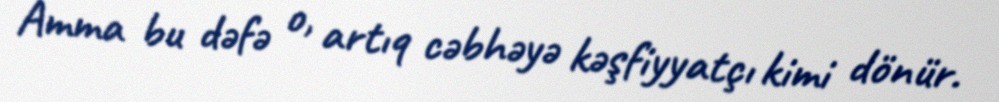
Amma bu dəfə o, artıq cəbhəyə kəşfiyyatçı kimi dönür.